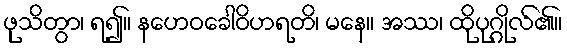
ဖုသိတွာ၊ ရ၍။ နဟေဝခေါဝိဟရတိ၊ မနေ။ အဿ၊ ထိုပုဂ္ဂိုလ်၏။